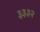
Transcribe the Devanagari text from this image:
३३३२